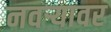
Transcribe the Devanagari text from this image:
नवऱ्यावर